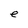
Character: e